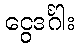
ငွေဒင်္ဂါး